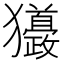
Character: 𤣙